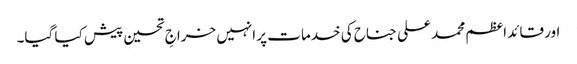
اور قائد اعظم محمد علی جناح کی خدمات پر انہیں خراجِ تحسین پیش کیا گیا۔